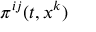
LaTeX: \pi ^ { i j } ( t , x ^ { k } )